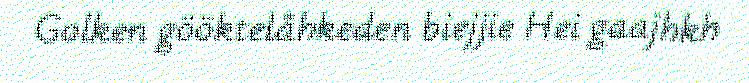
Golken gööktelåhkeden biejjie Hei gaajhkh